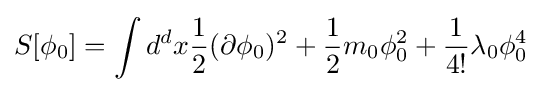
S[\phi _{0}]=\int d^{d}x{\frac {1}{2}}(\partial \phi _{0})^{2}+{\frac {1}{2}}m_{0}\phi _{0}^{2}+{\frac {1}{4!}}\lambda _{0}\phi _{0}^{4}